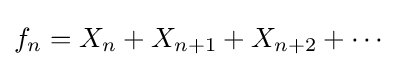
f_{n}=X_{n}+X_{n+1}+X_{n+2}+\cdots